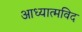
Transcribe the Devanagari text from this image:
आध्यात्मविद